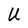
Character: U